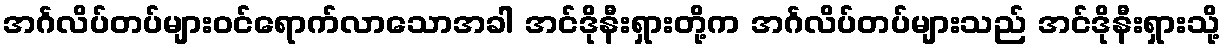
အင်္ဂလိပ်တပ်များဝင်ရောက်လာသောအခါ အင်ဒိုနီးရှားတို့က အင်္ဂလိပ်တပ်များသည် အင်ဒိုနီးရှားသို့